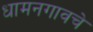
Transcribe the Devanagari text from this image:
धामनगावचे